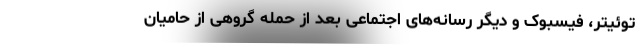
توئیتر، فیسبوک و دیگر رسانه‌های اجتماعی بعد از حمله گروهی از حامیان